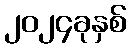
၂၀၂၄ခုနှစ်